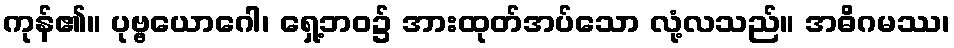
ကုန်၏။ ပုဗ္ဗယောဂေါ၊ ရှေ့ဘဝ၌ အားထုတ်အပ်သော လုံ့လသည်။ အဓိဂမဿ၊